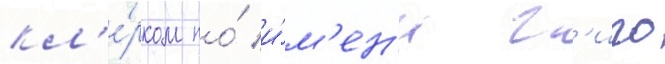
кл'е́рком по́ и́м'ен'и г'иго